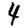
Digit: 4